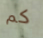
كم